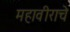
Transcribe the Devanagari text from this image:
महावीराचे